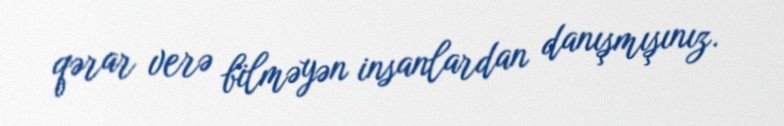
qərar verə bilməyən insanlardan danışmışınız.